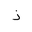
Letter: _thal